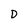
Character: D